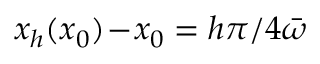
x _ { h } ( x _ { 0 } ) \! - \! x _ { 0 } = h \pi / 4 { \bar { \omega } }